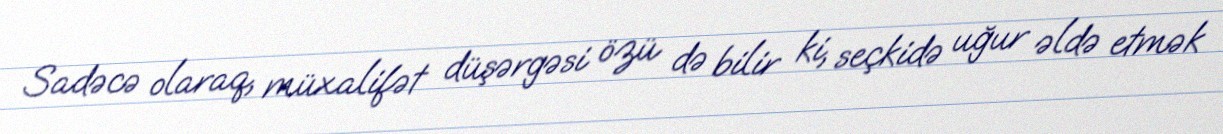
Sadəcə olaraq, müxalifət düşərgəsi özü də bilir ki, seçkidə uğur əldə etmək